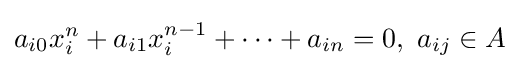
a_{i0}x_{i}^{n}+a_{i1}x_{i}^{n-1}+\dots +a_{in}=0,\,\,a_{ij}\in A